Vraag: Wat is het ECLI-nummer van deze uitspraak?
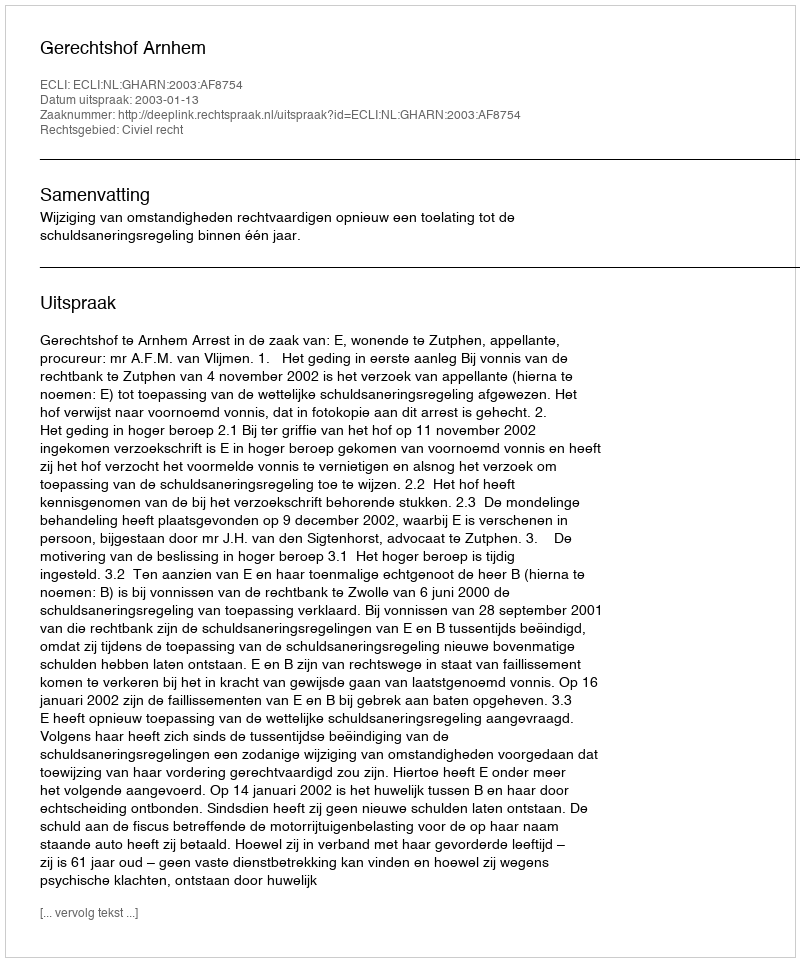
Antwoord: ECLI:NL:GHARN:2003:AF8754